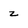
Character: z